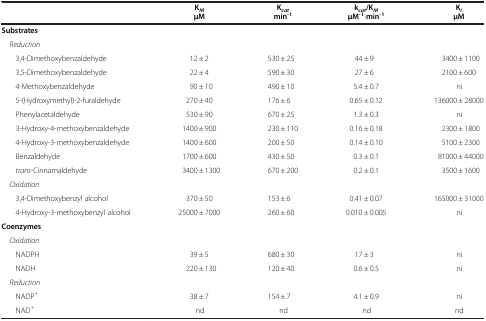
<table><thead><tr><td><b> </b></td><td><b>K<sub><i>M</i></sub>μM</b></td><td><b>K<sub><i>cat</i></sub>min<sup>-1</sup></b></td><td><b>k<sub><i>cat</i></sub>/K<sub><i>M</i></sub>μM<sup>-1</sup>·min<sup>-1</sup></b></td><td><b>K<sub><i>i</i></sub>μM</b></td></tr></thead><tbody><tr><td colspan="5"><b>Substrates</b></td></tr><tr><td><i> Reduction</i></td><td> </td><td> </td><td> </td><td> </td></tr><tr><td> 3,4-Dimethoxybenzaldehyde</td><td>12 ± 2</td><td>530 ± 25</td><td>44 ± 9</td><td>3400 ± 1100</td></tr><tr><td> 3,5-Dimethoxybenzaldehyde</td><td>22 ± 4</td><td>590 ± 30</td><td>27 ± 6</td><td>2100 ± 600</td></tr><tr><td> 4-Methoxybenzaldehyde</td><td>90 ± 10</td><td>490 ± 10</td><td>5.4 ± 0.7</td><td> ni</td></tr><tr><td> 5-(Hydroxymethyl)-2-furaldehyde</td><td>270 ± 40</td><td>176 ± 6</td><td>0.65 ± 0.12</td><td>136000 ± 28000</td></tr><tr><td> Phenylacetaldehyde</td><td>530 ± 90</td><td>670 ± 25</td><td>1.3 ± 0.3</td><td> ni</td></tr><tr><td> 3-Hydroxy-4-methoxybenzaldehyde</td><td>1400 ± 900</td><td>230 ± 110</td><td>0.16 ± 0.18</td><td>2300 ± 1800</td></tr><tr><td> 4-Hydroxy-3-methoxybenzaldehyde</td><td>1400 ± 600</td><td>200 ± 50</td><td>0.14 ± 0.10</td><td>5100 ± 2300</td></tr><tr><td> Benzaldehyde</td><td>1700 ± 600</td><td>430 ± 50</td><td>0.3 ± 0.1</td><td>81000 ± 44000</td></tr><tr><td><i> trans</i>-Cinnamaldehyde</td><td>3400 ± 1300</td><td>670 ± 200</td><td>0.2 ± 0.1</td><td>3500 ± 1600</td></tr><tr><td><i> Oxidation</i></td><td> </td><td> </td><td> </td><td> </td></tr><tr><td> 3,4-Dimethoxybenzyl alcohol</td><td>370 ± 50</td><td>153 ± 6</td><td>0.41 ± 0.07</td><td>165000 ± 31000</td></tr><tr><td> 4-Hydroxy-3-methoxybenzyl alcohol</td><td>25000 ± 7000</td><td>260 ± 60</td><td>0.010 ± 0.005</td><td> ni</td></tr><tr><td><b>Coenzymes</b></td><td> </td><td> </td><td> </td><td> </td></tr><tr><td><i> Oxidation</i></td><td> </td><td> </td><td> </td><td> </td></tr><tr><td> NADPH</td><td>39 ± 5</td><td>680 ± 30</td><td>17 ± 3</td><td> ni</td></tr><tr><td> NADH</td><td>220 ± 130</td><td>120 ± 40</td><td>0.6 ± 0.5</td><td> ni</td></tr><tr><td><i> Reduction</i></td><td> </td><td> </td><td> </td><td> </td></tr><tr><td> NADP<sup>+</sup></td><td>38 ± 7</td><td>154 ± 7</td><td>4.1 ± 0.9</td><td> ni</td></tr><tr><td> NAD<sup>+</sup></td><td> nd</td><td> nd</td><td> nd</td><td> nd</td></tr></tbody></table>